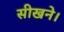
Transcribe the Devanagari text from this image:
सीखने।